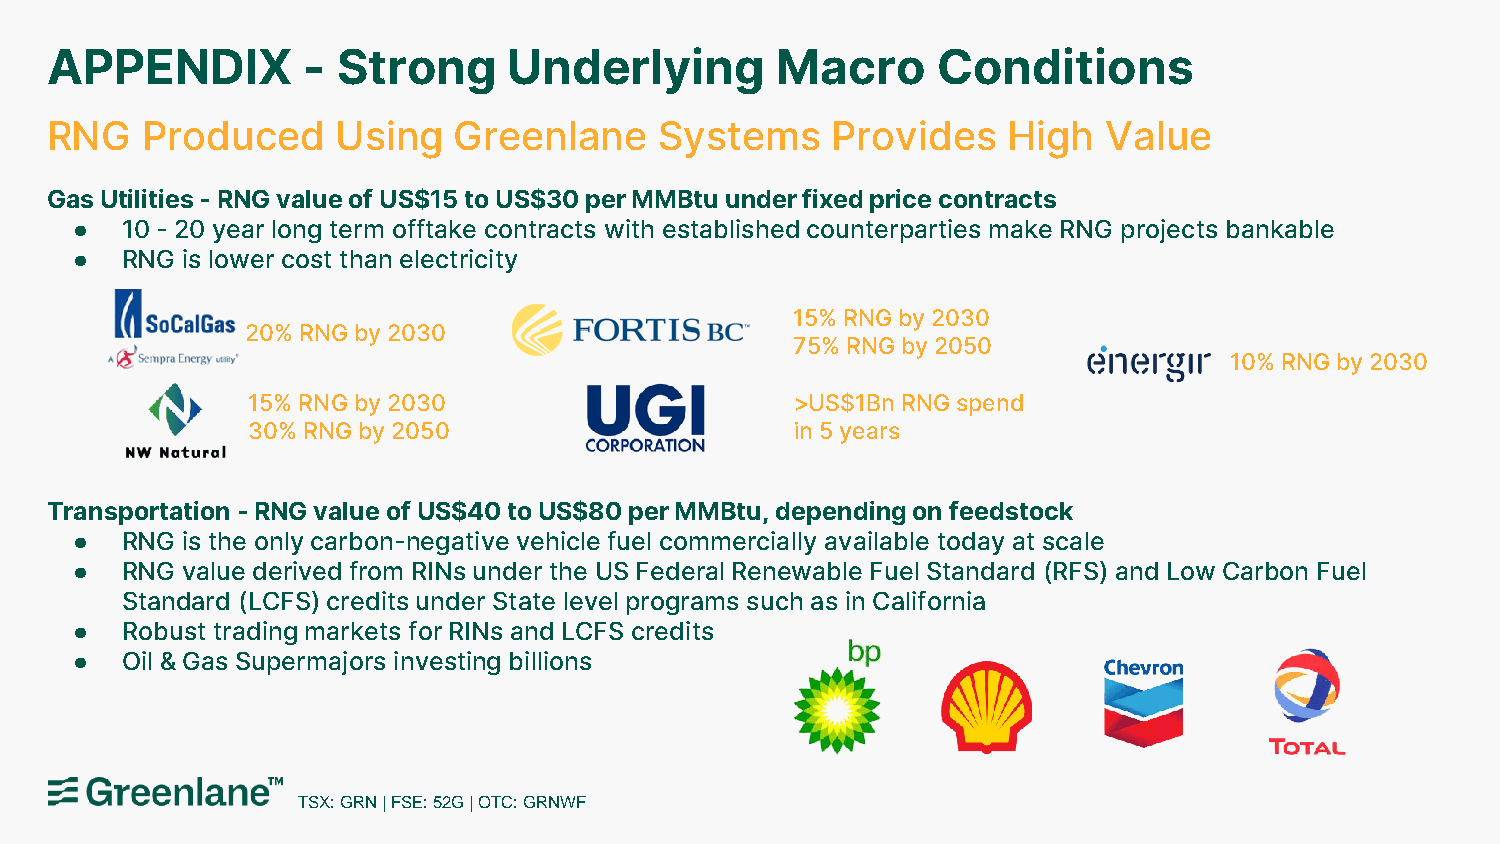
APPENDIX         - Strong      Underlying       Macro      Conditions
 RNG   Produced     Using   Greenlane     Systems    Provides    High  Value
 Gas Utilities -RNG value of US$15 to US$30 per MMBtu under fixed price contracts
 ●  10 - 20 year long term offtake contracts with established counterparties make RNG projects bankable
 ●  RNG is lower cost than electricity
 15% RNG by 2030
 20% RNG by 2030
 75% RNG by 2050
 10% RNG by 2030
 15% RNG by 2030                      >US$1Bn RNG spend
 30% RNG by 2050                      in 5 years
 Transportation -RNG value of US$40 to US$80 per MMBtu, depending on feedstock
 ●  RNG is the only carbon-negative vehicle fuel commercially available today at scale
 ●  RNG value derived from RINs under the US Federal Renewable Fuel Standard (RFS) and Low Carbon Fuel
 Standard (LCFS) credits under State level programs such as in California
 ●  Robust trading markets for RINs and LCFS credits
 ●  Oil & Gas Supermajors investing billions
 TSX: GRN | FSE: 52G | OTC: GRNWF